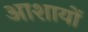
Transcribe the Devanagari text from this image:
आशायों